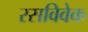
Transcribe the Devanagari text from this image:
रसविवेक